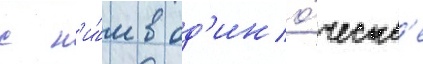
с н'и́м в од'ино́честв'е